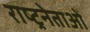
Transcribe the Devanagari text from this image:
राष्ट्रनेताओं